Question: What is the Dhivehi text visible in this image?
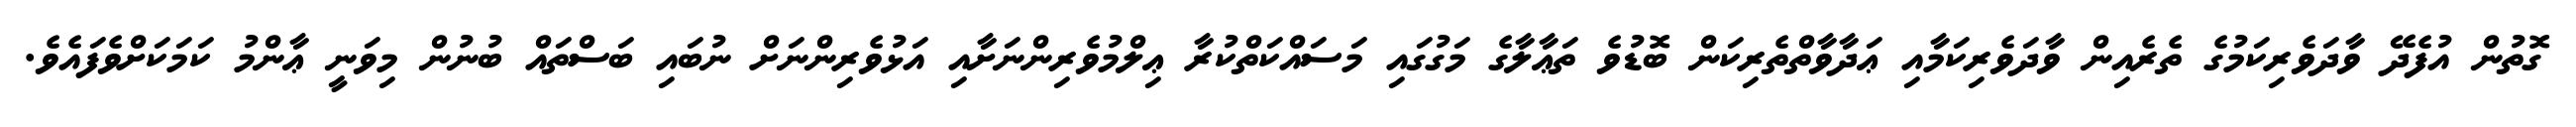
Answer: ގޮތުން އުފެދޭ ވާދަވެރިކަމުގެ ތެރެއިން ވާދަވެރިކަމާއި ޢަދާވާތްތެރިކަން ބޮޑުވެ ތަޢާލާގެ މަގުގައި މަސައްކަތްކުރާ ޢިލްމުވެރިންނަށާއި އަޅުވެރިންނަށް ނުބައި ބަސްތައް ބުނުން މިވަނީ ޢާންމު ކަމަކަށްވެފައެވެ.